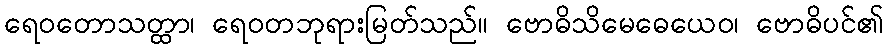
ရေဝတောသတ္ထာ၊ ရေဝတဘုရားမြတ်သည်။ ဗောဓိသိမေဓေယေဝ၊ ဗောဓိပင်၏